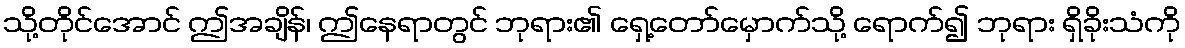
သို့တိုင်အောင် ဤအချိန်၊ ဤနေရာတွင် ဘုရား၏ ရှေ့တော်မှောက်သို့ ရောက်၍ ဘုရား ရှိခိုးသံကို